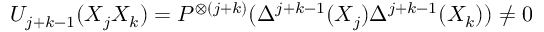
U _ { j + k - 1 } ( X _ { j } X _ { k } ) = P ^ { \otimes ( j + k ) } ( \Delta ^ { j + k - 1 } ( X _ { j } ) \Delta ^ { j + k - 1 } ( X _ { k } ) ) \not = 0